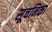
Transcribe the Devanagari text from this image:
सूचनिका